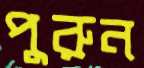
পুরুন